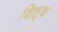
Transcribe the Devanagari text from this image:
शिल्य